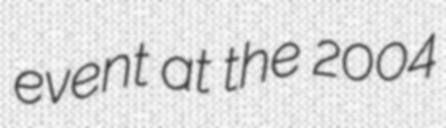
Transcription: event at the 2004